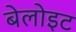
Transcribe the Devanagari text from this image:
बेलोइट